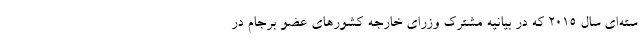
سته‌ای سال ۲۰۱۵ که در بیانیه مشترک وزرای خارجه کشورهای عضو برجام در